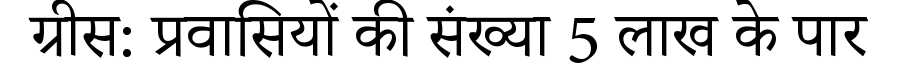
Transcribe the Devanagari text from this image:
ग्रीस: प्रवासियों की संख्या 5 लाख के पार